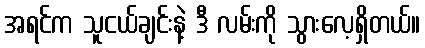
အရင်က သူငယ်ချင်းနဲ့ ဒီ လမ်းကို သွားလေ့ရှိတယ်။